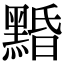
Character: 𪑕